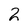
Character: 2